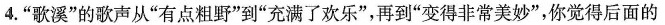
4.”歌溪”的歌声从”有点粗野”到”充满了欢乐”，再到”变得非常美妙”，你觉得后面的